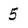
Character: 5